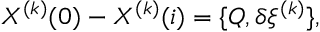
X ^ { ( k ) } ( 0 ) - X ^ { ( k ) } ( i ) = \{ Q , \delta \xi ^ { ( k ) } \} ,